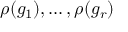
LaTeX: \rho ( g _ { 1 } ) , \ldots , \rho ( g _ { r } )